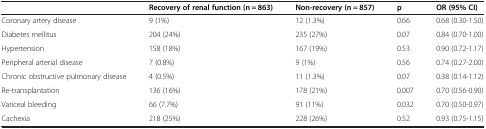
|  | Recovery of renal function(n = 863) | Non-recovery (n = 857) | p | OR (95% CI) |
 | --- | --- | --- | --- | --- |
 | Coronary artery disease | 9 (1%) | 12 (1.3%) | 0.66 | 0.68 (0.30-1.50) |
 | Diabetes mellitus | 204 (24%) | 235 (27%) | 0.07 | 0.84 (0.70-1.00) |
 | Hypertension | 158 (18%) | 167 (19%) | 0.53 | 0.90 (0.72-1.17) |
 | Peripheral arterial disease | 7 (0.8%) | 9 (1%) | 0.56 | 0.74 (0.27-2.00) |
 | Chronic obstructive pulmonary disease | 4 (0.5%) | 11 (1.3%) | 0.07 | 0.38 (0.14-1.12) |
 | Re-transplantation | 136 (16%) | 178 (21%) | 0.007 | 0.70 (0.56-0.90) |
 | Variceal bleeding | 66 (7.7%) | 91 (11%) | 0.032 | 0.70 (0.50-0.97) |
 | Cachexia | 218 (25%) | 228 (26%) | 0.52 | 0.93 (0.75-1.15) |